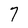
Character: 7